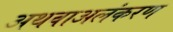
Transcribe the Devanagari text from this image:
अथवाअलंकरण